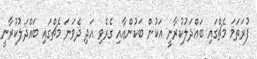
ފުރަތަމަ މެޗްގައި ބައްދަލުކުރާނީ އަކުން ބަކުންއާއި ގެރެވި އަދި ދެވަނަ މެޗްގައި ބައްދަލުކުރާނީ